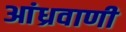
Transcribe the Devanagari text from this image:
आंध्रवाणी